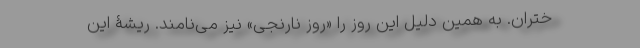
ختران. به همین دلیل این روز را «روز نارنجی» نیز می‌نامند. ریشۀ این